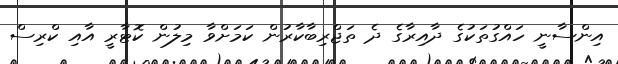
އިންސާނީ ހައްގުތަކުގެ ދާއިރާގެ ދެ ތަޖްރިބާކާރުން ކަމަށްވާ މިލުން ކޮޓާރީ އާއި ކްރިސް